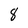
Character: 8